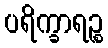
ပရိက္ခာရဉ္စ